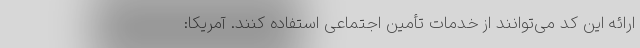
ارائه این کد می‌توانند از خدمات تأمین اجتماعی استفاده کنند. آمریکا: